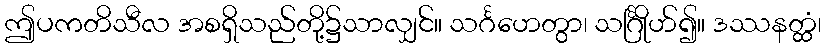
ဤပကတိသီလ အစရှိသည်တို့၌သာလျှင်။ သင်္ဂဟေတွာ၊ သင်္ဂြိုဟ်၍။ ဒဿနတ္ထံ၊